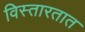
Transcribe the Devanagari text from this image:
विस्तारतात